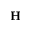
\mathbf { H }